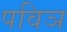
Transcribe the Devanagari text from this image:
पविञ